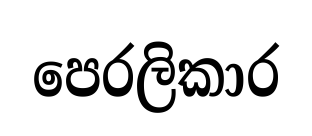
පෙරලිකාර